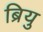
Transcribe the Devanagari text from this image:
ब्रियु